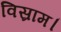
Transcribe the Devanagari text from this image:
विस्राम।